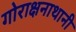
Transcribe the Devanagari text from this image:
गोराक्षनाथानी